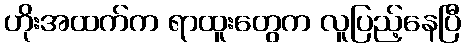
ဟိုးအထက်က ရာထူးတွေက လူပြည့်နေပြီ